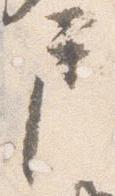
戸